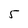
Character: 5